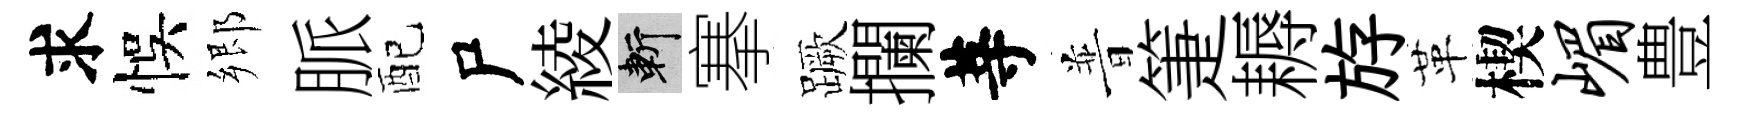
求悞郷脈配尸綾斬搴蹶攔䓁普箑耨斿革楔嵋豊